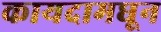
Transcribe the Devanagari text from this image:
कायदामधून